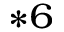
^ { * 6 }